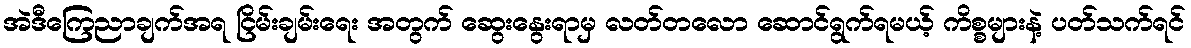
အဲဒီကြေညာချက်အရ ငြိမ်းချမ်းရေး အတွက် ဆွေးနွေးရာမှ လတ်တလော ဆောင်ရွက်ရမယ့် ကိစ္စများနဲ့ ပတ်သက်ရင်